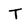
Character: T